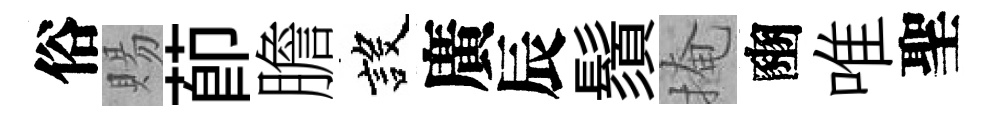
俗賜莭膽設廣辰鬚掩豳唯聖